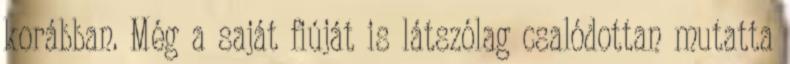
korábban. Még a saját fiúját is látszólag csalódottan mutatta